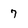
Character: 7